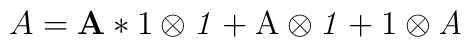
A=\mathbf{A}*\mathrm{1}\otimes\mathit{1}+\mathrm{A}\otimes \mathit{1}+\mathrm{1}\otimes \mathit{A}